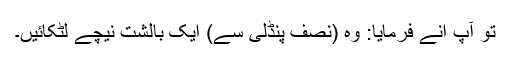
تو آپ انے فرمایا: وہ (نصف پنڈلی سے) ایک بالشت نیچے لٹکائیں۔